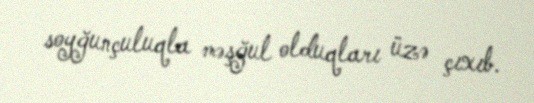
soyğunçuluqla məşğul olduqları üzə çıxıb.